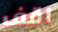
اقف